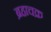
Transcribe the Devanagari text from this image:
ब्रहाचक्र